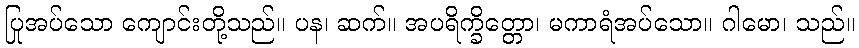
ပြုအပ်သော ကျောင်းတို့သည်။ ပန၊ ဆက်။ အပရိက္ခိတ္တော၊ မကာရံအပ်သော။ ဂါမော၊ သည်။